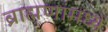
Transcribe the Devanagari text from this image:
ब्राह्मणांमध्यें